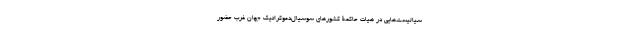
سیالیست‌هایی در هیات حاکمۀ کشورهای سوسیال‌دموکراتیک جهان غرب حضور